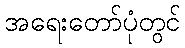
အရေးတော်ပုံတွင်